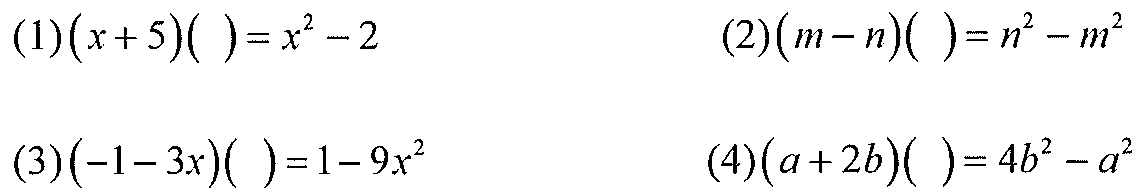
(1)\((x + 5)(\space)=x^{2}-2\)  \((2)(m - n)(\space)=n^{2}-m^{2}\)
(3)\((-1 - 3x)(\space)=1 - 9x^{2}\)  \((4)(a + 2b)(\space)=4b^{2}-a^{2}\)